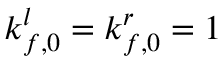
k _ { f , 0 } ^ { l } = k _ { f , 0 } ^ { r } = 1